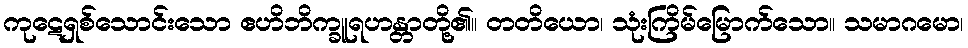
ကုဋေရှစ်သောင်းသော ဧဟိဘိက္ခူရဟန္တာတို့၏။ တတိယော၊ သုံးကြိမ်မြောက်သော။ သမာဂမော၊